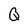
Character: Q